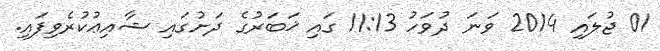
01 ޖުލައި 2014 ވަނަ ދުވަހު 11:13 ގައި ޚަބަރުގެ ދަށުގައި ޝާއިޢުކުރެވިފައި.